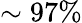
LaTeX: \sim 97\%